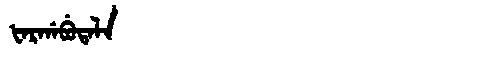
Manchu: ᡶᠠᡵᡤᠠᠪᡠᡨᠠᠯᠠ
Romanization: FARGABUTALA